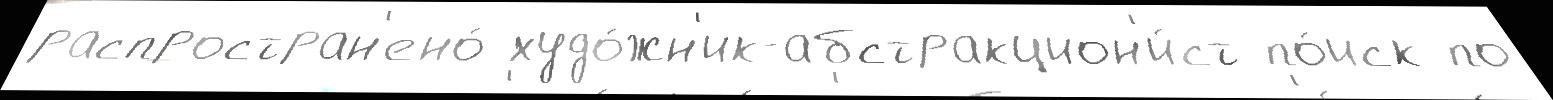
распростран'ено́ худо́жн'ик-абстракцион'и́ст по́иск по